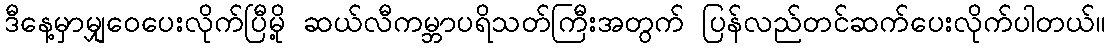
ဒီနေ့မှာမျှဝေပေးလိုက်ပြီမို့ ဆယ်လီကမ္ဘာပရိသတ်ကြီးအတွက် ပြန်လည်တင်ဆက်ပေးလိုက်ပါတယ်။